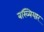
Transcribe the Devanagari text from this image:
बख्यियार